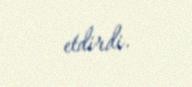
etdirdi.